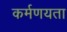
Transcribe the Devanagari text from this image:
कर्मणयता